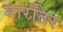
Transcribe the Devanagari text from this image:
मारतिर